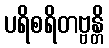
ပရိစရိတဗ္ဗန္တိ